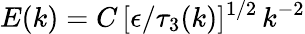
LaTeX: E(k)=C\, [\epsilon/\tau_{3}(k)]^{1/2}\, k^{-2}